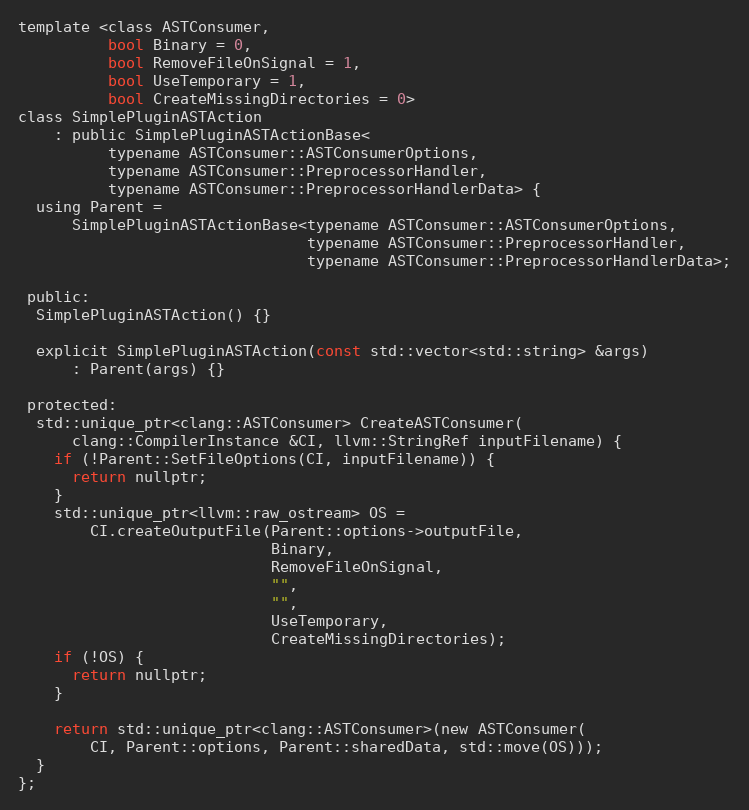
Language: C
template <class ASTConsumer,
          bool Binary = 0,
          bool RemoveFileOnSignal = 1,
          bool UseTemporary = 1,
          bool CreateMissingDirectories = 0>
class SimplePluginASTAction
    : public SimplePluginASTActionBase<
          typename ASTConsumer::ASTConsumerOptions,
          typename ASTConsumer::PreprocessorHandler,
          typename ASTConsumer::PreprocessorHandlerData> {
  using Parent =
      SimplePluginASTActionBase<typename ASTConsumer::ASTConsumerOptions,
                                typename ASTConsumer::PreprocessorHandler,
                                typename ASTConsumer::PreprocessorHandlerData>;

 public:
  SimplePluginASTAction() {}

  explicit SimplePluginASTAction(const std::vector<std::string> &args)
      : Parent(args) {}

 protected:
  std::unique_ptr<clang::ASTConsumer> CreateASTConsumer(
      clang::CompilerInstance &CI, llvm::StringRef inputFilename) {
    if (!Parent::SetFileOptions(CI, inputFilename)) {
      return nullptr;
    }
    std::unique_ptr<llvm::raw_ostream> OS =
        CI.createOutputFile(Parent::options->outputFile,
                            Binary,
                            RemoveFileOnSignal,
                            "",
                            "",
                            UseTemporary,
                            CreateMissingDirectories);
    if (!OS) {
      return nullptr;
    }

    return std::unique_ptr<clang::ASTConsumer>(new ASTConsumer(
        CI, Parent::options, Parent::sharedData, std::move(OS)));
  }
};